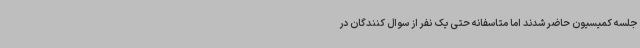
جلسه کمیسیون حاضر شدند اما متاسفانه حتی یک نفر از سوال کنندگان در